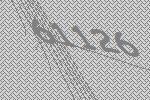
61126